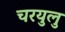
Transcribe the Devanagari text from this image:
चरयुलु